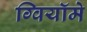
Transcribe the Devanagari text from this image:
ग्वियॉमे